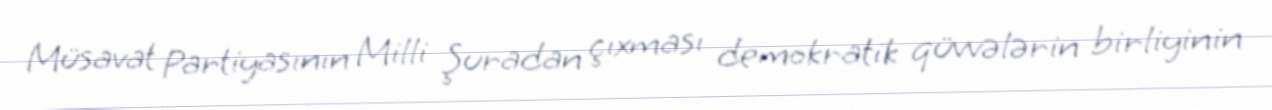
Müsavat Partiyasının Milli Şuradan çıxması demokratik qüvvələrin birliyinin